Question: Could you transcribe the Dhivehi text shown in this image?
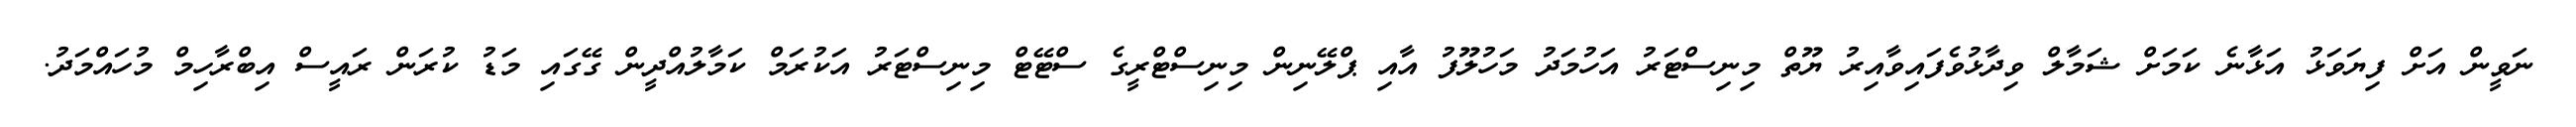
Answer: ނަވީން އަށް ފިޔަވަޅު އަޅާނެ ކަމަށް ޝަމާލް ވިދާޅުވެފައިވާއިރު ޔޫތް މިނިސްޓަރު އަހުމަދު މަހުލޫފު އާއި ޕްލޭނިން މިނިސްޓްރީގެ ސްޓޭޓް މިނިސްޓަރު އަކުރަމް ކަމާލުއްދީން ގޭގައި މަޑު ކުރަން ރައީސް އިބްރާހިމް މުހައްމަދު.